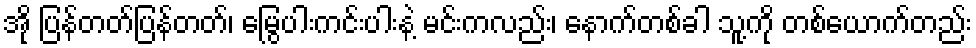
အို ပြန်တတ်ပြန်တတ်၊ မြွေပါးကင်းပါးနဲ့ မင်းကလည်း၊ နောက်တစ်ခါ သူ့ကို တစ်ယောက်တည်း